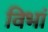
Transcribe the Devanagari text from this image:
विभां